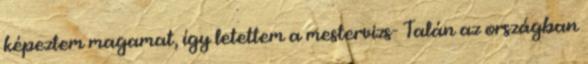
képeztem magamat, így letettem a mestervizs- Talán az országban